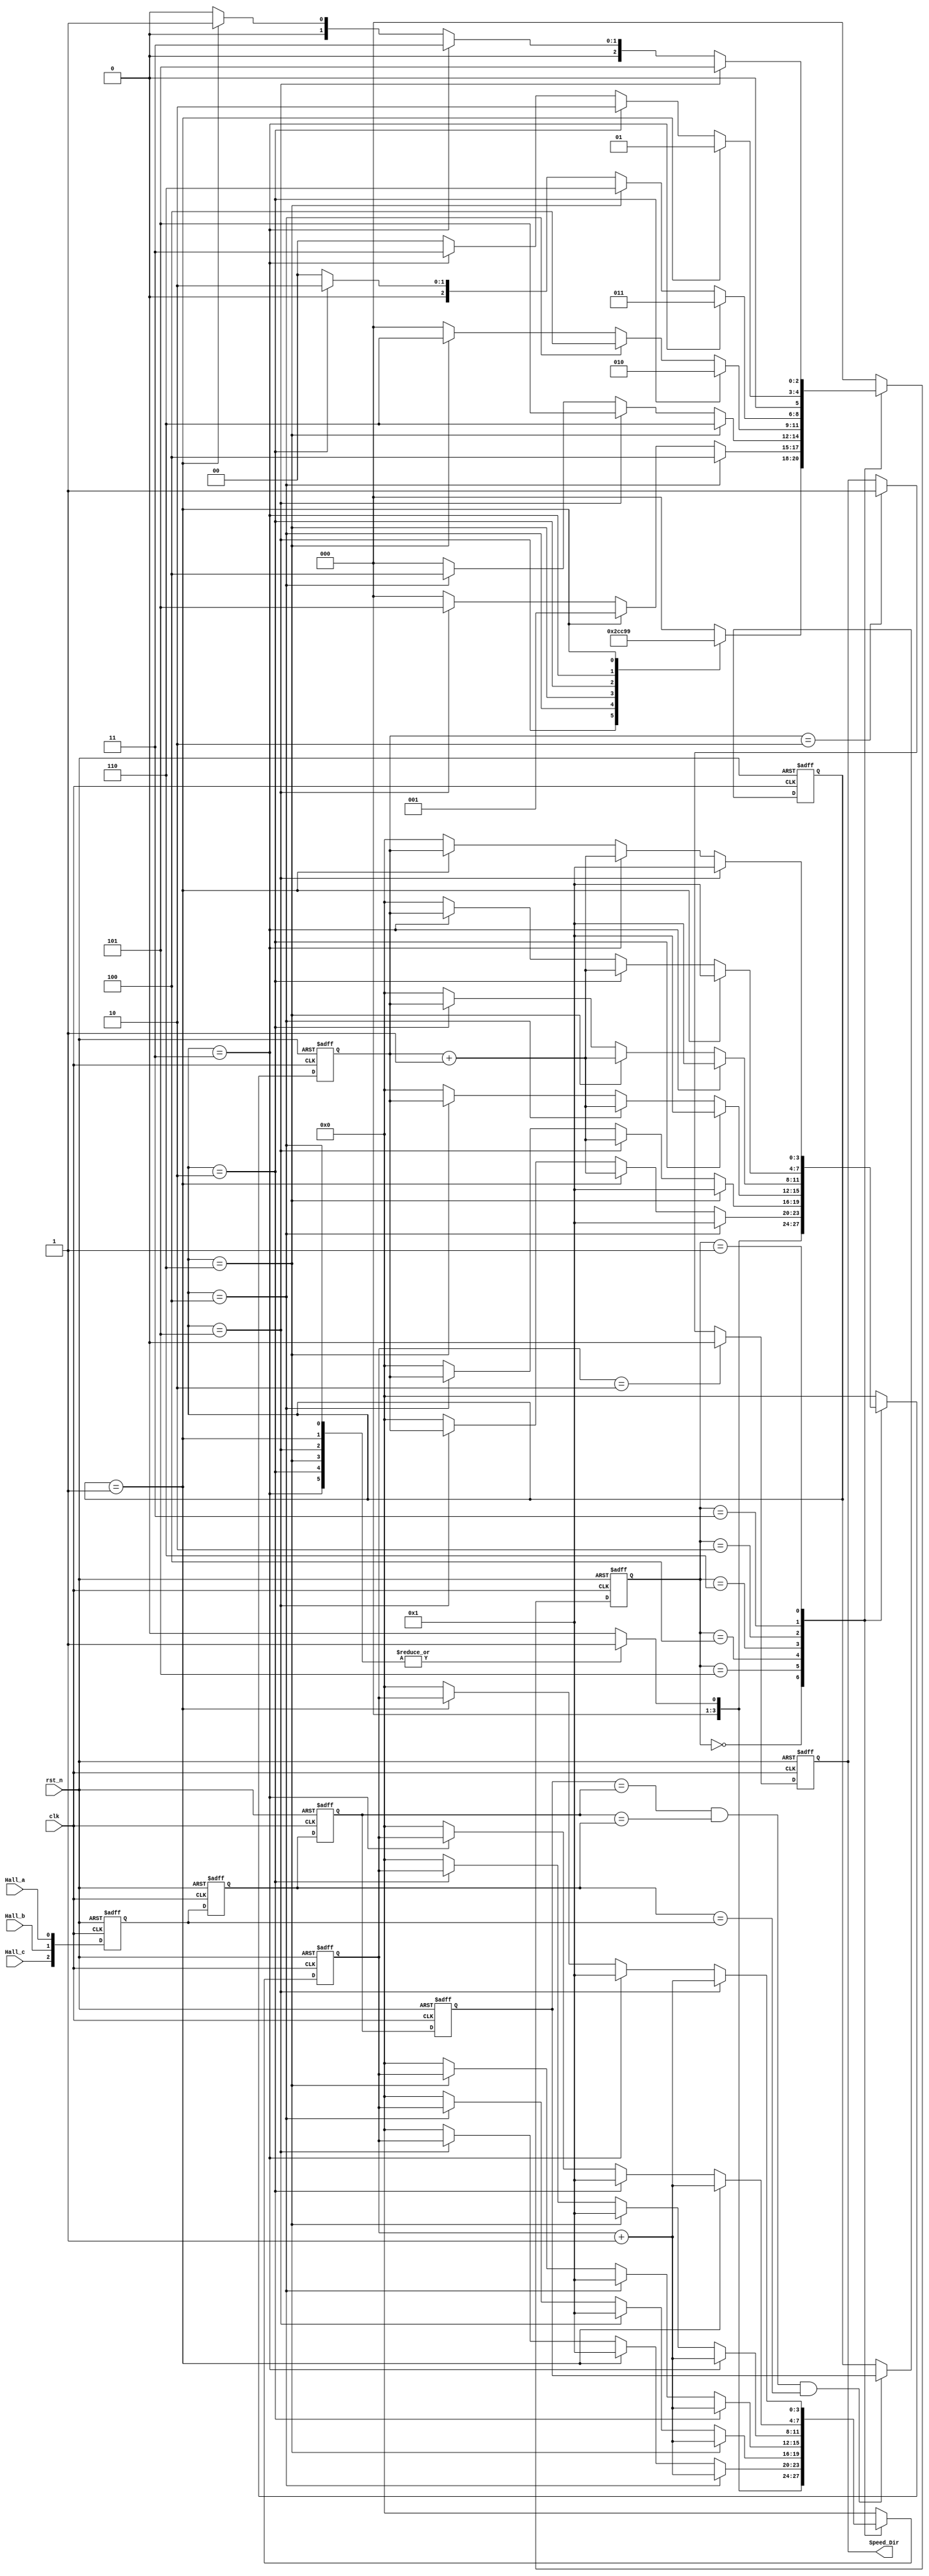
`timescale 1ns / 1ps
//////////////////////////////////////////////////////////////////////////////////
// Company: 
// Engineer: 
// 
// Design Name: 
// Module Name:    Dir_Get 
// Project Name: 
// Target Devices: 
// Tool versions: 
// Description: 
//
// Dependencies: 
//
// Revision: 
// Revision 0.01 - File Created
// Additional Comments: 
//
//////////////////////////////////////////////////////////////////////////////////
module Dir_Get(clk,rst_n, 
     Hall_a,Hall_b,Hall_c,Speed_Dir);

input clk,rst_n;
input Hall_a,Hall_b,Hall_c;
output Speed_Dir; 

reg [2:0] HallReg_1,HallReg_2,HallReg_3,HallReg_4;
reg [2:0] Hall_State;

always @ (posedge clk or negedge rst_n)
  if (!rst_n) 
   begin
    HallReg_1 <=3'b000;
    HallReg_2 <=3'b000;
    HallReg_3 <=3'b000;
    HallReg_4 <=3'b000;
   end
  else 
   begin
    HallReg_4 <= HallReg_3;
    HallReg_3 <= HallReg_2;
    HallReg_2 <= HallReg_1;
    HallReg_1 <= {Hall_c,Hall_b,Hall_a};   
   end

always @ (posedge clk or negedge rst_n)
  if(!rst_n)
   	Hall_State <= 0;
  else if((HallReg_4==HallReg_3)&&(HallReg_3 == HallReg_2) && (HallReg_2 == HallReg_1))
   	Hall_State <= HallReg_4;
  
reg [3:0] FWD_Cnt,REV_Cnt;		//forward cnt, reverse cnt
reg [2:0] Dir_Get_State;		

always @ (posedge clk or negedge rst_n) 
  if(!rst_n)
   begin
   	FWD_Cnt <= 4'b0;
   	REV_Cnt <= 4'b0;
   	Dir_Get_State <=3'b0;
   end
  else 
   case(Dir_Get_State)
   3'b000:
    begin 	
      case(Hall_State)
      3'b000: begin
       	FWD_Cnt <= 4'b0;
       	REV_Cnt <= 4'b0;
       	Dir_Get_State <=3'b0;
       end
      3'b101: begin
       	FWD_Cnt <= 4'b1;
       	REV_Cnt <= 4'b1;	
       	Dir_Get_State <=3'b101;
       end
      3'b100: begin
       	FWD_Cnt <= 4'b1;
       	REV_Cnt <= 4'b1;	
       	Dir_Get_State <=3'b100;	 
       end  
      3'b110: begin
       	FWD_Cnt <= 4'b1;
       	REV_Cnt <= 4'b1;	
       	Dir_Get_State <=3'b110;	 
       end  
      3'b010: begin
       	FWD_Cnt <= 4'b1;
       	REV_Cnt <= 4'b1;	
       	Dir_Get_State <=3'b010;	 
       end  
      3'b011: begin
       	FWD_Cnt <= 4'b1;
       	REV_Cnt <= 4'b1;	
       	Dir_Get_State <=3'b011;	 
       end  
      3'b001: begin
       	FWD_Cnt <= 4'b1;
       	REV_Cnt <= 4'b1;	
       	Dir_Get_State <=3'b001;	 
       end 
      default: begin 
       	FWD_Cnt <= 4'b0;
       	REV_Cnt <= 4'b0;	
       	Dir_Get_State <=3'b000;
       end
      endcase 
     end

   3'b101:
     begin
     if(Hall_State == 3'b100) 
       begin
        FWD_Cnt <= FWD_Cnt + 1;
        REV_Cnt <= 4'b1;
        Dir_Get_State <=3'b100; 
       end
     else if(Hall_State == 3'b001) 
       begin
        FWD_Cnt <= 4'b1;
        REV_Cnt <= REV_Cnt + 1;
        Dir_Get_State <=3'b001;
       end
     else if(Hall_State == 3'b101)
	    Dir_Get_State <=3'b101;     
     else  
       begin 
        FWD_Cnt <= 4'b0;
        REV_Cnt <= 4'b0;	
        Dir_Get_State <=3'b000;
       end
     end

   3'b100:
     begin
      if(Hall_State == 3'b110) 
       begin
	    FWD_Cnt <= FWD_Cnt + 1;
        REV_Cnt <= 4'b1;
        Dir_Get_State <=3'b110; 
       end
     else if(Hall_State == 3'b101) 
       begin
	    FWD_Cnt <= 4'b1;
        REV_Cnt <= REV_Cnt + 1;
        Dir_Get_State <=3'b101;
       end
     else if(Hall_State == 3'b100)
	    Dir_Get_State <=3'b100;     
     else  
       begin 
        FWD_Cnt <= 4'b0;
        REV_Cnt <= 4'b0;	
        Dir_Get_State <=3'b000;
       end

     end

   3'b110:
     begin
       if(Hall_State == 3'b010) 
       begin
	    FWD_Cnt <= FWD_Cnt + 1;
        REV_Cnt <= 4'b1;
        Dir_Get_State <=3'b010; 
       end
     else if(Hall_State == 3'b100) 
       begin
	    FWD_Cnt <= 4'b1;
        REV_Cnt <= REV_Cnt + 1;
        Dir_Get_State <=3'b100;
       end
     else if(Hall_State == 3'b110)
	    Dir_Get_State <=3'b110;     
     else  
       begin 
        FWD_Cnt <= 4'b0;
        REV_Cnt <= 4'b0;	
        Dir_Get_State <=3'b000;
       end
     end

   3'b010:
     begin
      if(Hall_State == 3'b011) 
       begin
		FWD_Cnt <= FWD_Cnt + 1;
        REV_Cnt <= 4'b1;
        Dir_Get_State <=3'b011; 
       end
     else if(Hall_State == 3'b110) 
       begin
		FWD_Cnt <= 4'b1;
        REV_Cnt <= REV_Cnt + 1;
        Dir_Get_State <=3'b110;
       end
     else if(Hall_State == 3'b010)
		Dir_Get_State <=3'b010;     
     else  
       begin 
        FWD_Cnt <= 4'b0;
        REV_Cnt <= 4'b0;	
        Dir_Get_State <=3'b000;
       end
     end

   3'b011:
     begin
      if(Hall_State == 3'b001) 
       begin
		FWD_Cnt <= FWD_Cnt + 1;
        REV_Cnt <= 4'b1;
        Dir_Get_State <=3'b001; 
       end
     else if(Hall_State == 3'b010) 
       begin
		FWD_Cnt <= 4'b1;
        REV_Cnt <= REV_Cnt + 1;
        Dir_Get_State <=3'b010;
       end
     else if(Hall_State == 3'b011)
		Dir_Get_State <=3'b011;     
     else  
       begin 
        FWD_Cnt <= 4'b0;
        REV_Cnt <= 4'b0;	
        Dir_Get_State <=3'b000;
       end
     end

   3'b001:
     begin
     if(Hall_State == 3'b101) 
       begin
		FWD_Cnt <= FWD_Cnt + 1;
        REV_Cnt <= 4'b1;
        Dir_Get_State <=3'b101; 
       end
     else if(Hall_State == 3'b011) 
       begin
		FWD_Cnt <= 4'b1;
        REV_Cnt <= REV_Cnt + 1;
        Dir_Get_State <=3'b011;
       end
     else if(Hall_State == 3'b001)
		Dir_Get_State <=3'b001;     
     else  
       begin 
        FWD_Cnt <= 4'b0;
        REV_Cnt <= 4'b0;	
        Dir_Get_State <=3'b000;
       end
     end

   default:
      begin
      	FWD_Cnt <= 4'b0;
      	REV_Cnt <= 4'b0;
      	Dir_Get_State <=3'b0;
      end		 
   endcase

reg SpeedDir_Reg;

always @ (posedge clk or negedge rst_n)
  if(!rst_n)
    begin
     SpeedDir_Reg <= 1'b0;
    end
//  else if(FWD_Cnt == 4'b0111)
//     SpeedDir_Reg <= 1'b0;  
  else if(FWD_Cnt == 4'b0010)
    SpeedDir_Reg <= 1'b0; 		//JDJ_2Nm
//  else if(REV_Cnt == 4'b0111)   	  
//     SpeedDir_Reg <= 1'b1;
  else if(REV_Cnt == 4'b0010)   
    SpeedDir_Reg <= 1'b1;     //JDJ_2Nm
assign Speed_Dir = SpeedDir_Reg;


endmodule